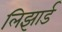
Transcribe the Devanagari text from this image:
लिझार्ड